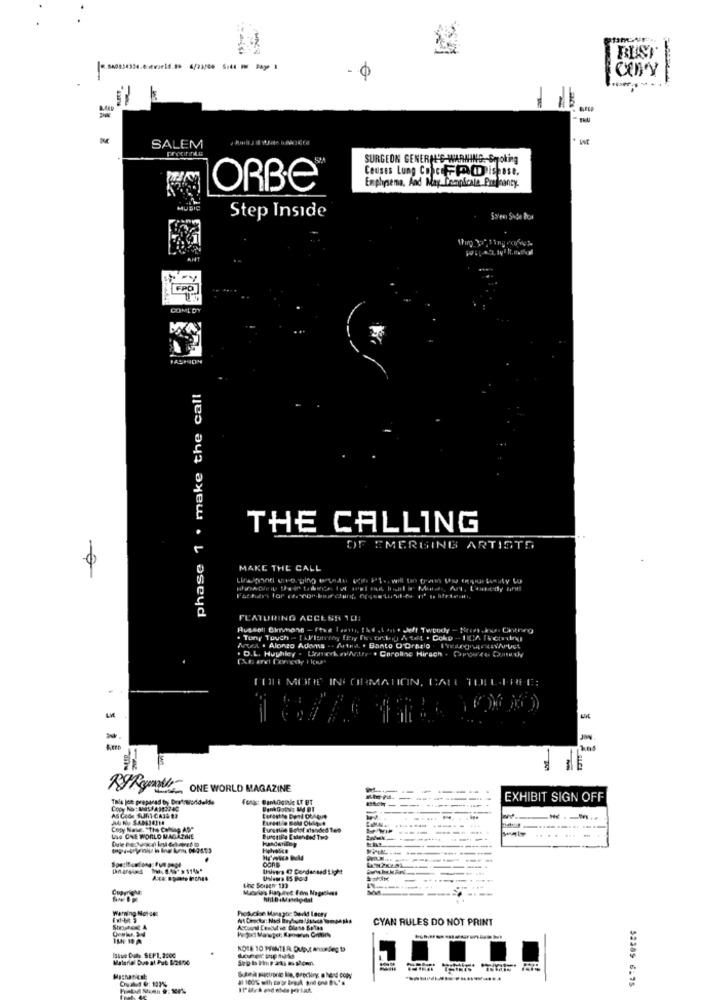
BEST
SALEM
SURGEON GENERH'S WARNING. Smoking
Ceuses Lung CofceFFPROPispast.
ORBE®
Emphysema, And May Beapicale Pregnancy-
MUSIC
Step Inside
COMEDY
phase 1 . make the call
THE CALLING
DF EMERGING ARTISTS
MAKE THE CALL
FEATURING ACCESS 10:
Artea . Alonzo Adema .. Astra. . Banco O'Orpalo . Iweargingenfrugt
. D.L. Hughley . Unneck avAutre . Caroline Hirsch - Capcerte Guisethy
FOR MORE INFORMATION, BAR TOU
, ONE WORLD MAGAZINE
Tale Ice prepared by bratrworldalle
EXHIBIT SIGN OFF
Coor
Copy Nave. "The Coming APP
De Bolst standed Teo
.....
LO ONE WORLD MAGAZINE
Univers 47 Condensed Light
tine Seiner 133
Warning Notoez
Production Manager: David Leche
CYAN RULES DO NOT PRINT
NOTE 10 PRINTER: Duput anndeg 15
Material Due al Pub 62600
52389 6:75